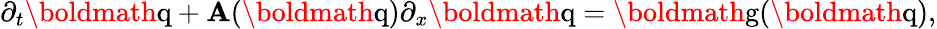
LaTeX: \partial_{t}\textrm{\boldmath{q}}+\mathbf{A}(\textrm{\boldmath{q}})\partial_{x}\textrm{\boldmath{q}}=\textrm{\boldmath{g}}(\textrm{\boldmath{q}}),